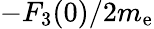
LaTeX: -F_{3}(0)/2m_{\mathrm{{e}}}